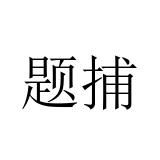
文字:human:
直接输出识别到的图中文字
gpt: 题捕